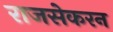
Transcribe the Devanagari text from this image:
राजसेकरन